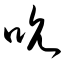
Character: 吮